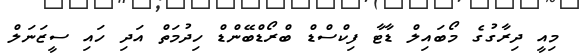
މިއީ ދިރާގުގެ މޯބައިލް ޑާޓާ ފިކްސްޑް ބްރޯޑްބޭންޑް ހިދުމަތް އަދި ހައި ސީޒަނަލް